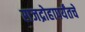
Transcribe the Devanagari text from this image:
राजद्रोहापर्यंतचे